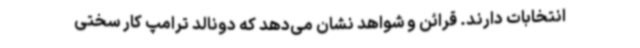
انتخابات دارند. قرائن و شواهد نشان می‌دهد که دونالد ترامپ کار سختی